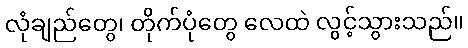
လုံချည်တွေ၊ တိုက်ပုံတွေ လေထဲ လွင့်သွားသည်။